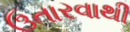
ઉતારવાથી